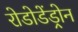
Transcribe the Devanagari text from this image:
रोडोडेंड्रोन